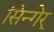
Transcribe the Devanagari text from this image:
सिन्गेर्